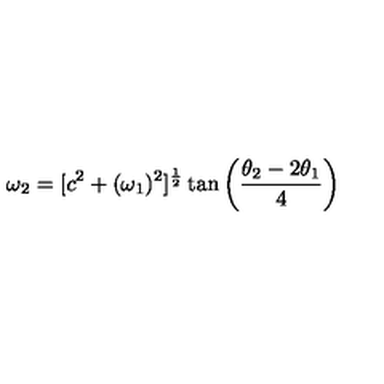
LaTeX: \omega _ { 2 } = [ c ^ { 2 } + ( \omega _ { 1 } ) ^ { 2 } ] ^ { \frac { 1 } { 2 } } \tan \left( { \frac { \theta _ { 2 } - 2 \theta _ { 1 } } { 4 } } \right)